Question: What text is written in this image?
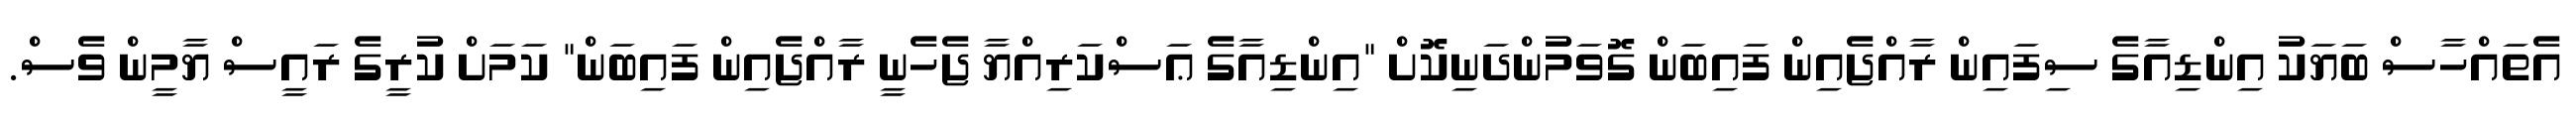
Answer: އެތައްހާސް ބަޔަކު އިންޑިއާގެ ސިފައިން ރާއްޖެއިން ފައިބަން ގޮވަމުންދަނިކޮށް "އިންޑިއާގެ ޢަސްކަރިއްޔާ ޖެހެނީ ރާއްޖެއިން ފައިބަން" ކަމަށް ކުރީގެ ރައީސް ޔާމީން ވެސް.